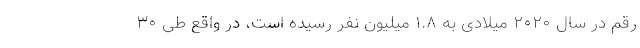
رقم در سال ۲۰۲۰ میلادی به ۱.۸ میلیون نفر رسیده است، در واقع طی ۳۰